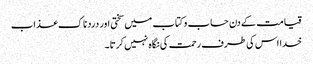
قیامت کے دن حساب و کتاب میں سختی اور دردناک عذاب
خدا اس کی طرف رحمت کی نگاہ نہیں کرتا۔